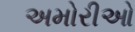
અમોરીઓ